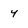
Character: 4